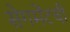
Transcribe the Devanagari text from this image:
सेगमेंटची